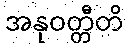
အနုဝတ္တီတိ